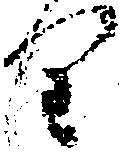
り